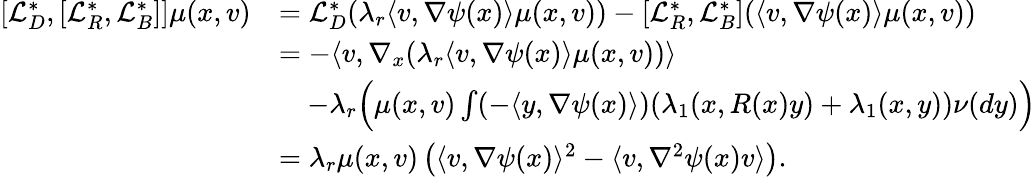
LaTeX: \begin{array}{rl}{[\mathcal{L}_{D}^{*},[\mathcal{L}_{R}^{*},\mathcal{L}_{B}^{*}]]\mu(x,v)}&{=\mathcal{L}_{D}^{*}(\lambda_{r}\langle v,\nabla\psi(x)\rangle\mu(x,v))-[\mathcal{L}_{R}^{*},\mathcal{L}_{B}^{*}](\langle v,\nabla\psi(x)\rangle\mu(x,v))}\\ &{=-\langle v,\nabla_{x}(\lambda_{r}\langle v,\nabla\psi(x)\rangle\mu(x,v))\rangle}\\ &{\quad-\lambda_{r}\Big(\mu(x,v)\int(-\langle y,\nabla\psi(x)\rangle)(\lambda_{1}(x,R(x)y)+\lambda_{1}(x,y))\nu(dy)\Big)}\\ &{=\lambda_{r}\mu(x,v)\left(\langle v,\nabla\psi(x)\rangle^{2}-\langle v,\nabla^{2}\psi(x)v\rangle\right).}\end{array}